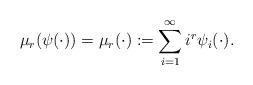
LaTeX: \begin{align*}\mu_r(\psi(\cdot)) = \mu_r(\cdot) := \sum_{i=1}^{\infty} i^r \psi_i(\cdot).\end{align*}